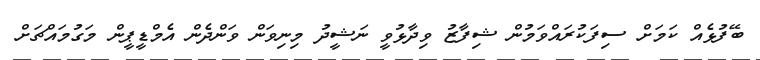
ބޭފުޅެއް ކަމަށް ސިފަކުރައްވަމުން ޝިފާޒު ވިދާޅުވީ ނަޝީދު މިނިވަން ވަންދެން އެމްޑީޕީން މަގުމައްޗަށް